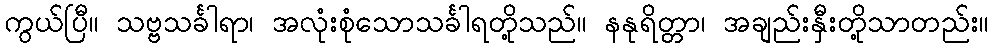
ကွယ်ပြီ။ သဗ္ဗသင်္ခါရာ၊ အလုံးစုံသောသင်္ခါရတို့သည်။ နနုရိတ္တာ၊ အချည်းနှီးတို့သာတည်း။